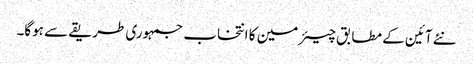
نئے آئین کے مطابق چیئرمین کا انتخاب جمہوری طریقے سے ہوگا۔